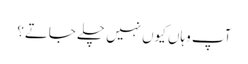
آپ وہاں کیوں نہیں چلے جاتے؟